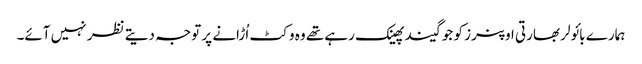
ہمارے بائولر بھارتی اوپنرز کو جو گیند پھینک رہے تھے وہ وکٹ اُڑانے پر توجہ دیتے نظر نہیں آئے۔